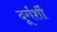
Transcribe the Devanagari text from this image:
दूर्गर्शी